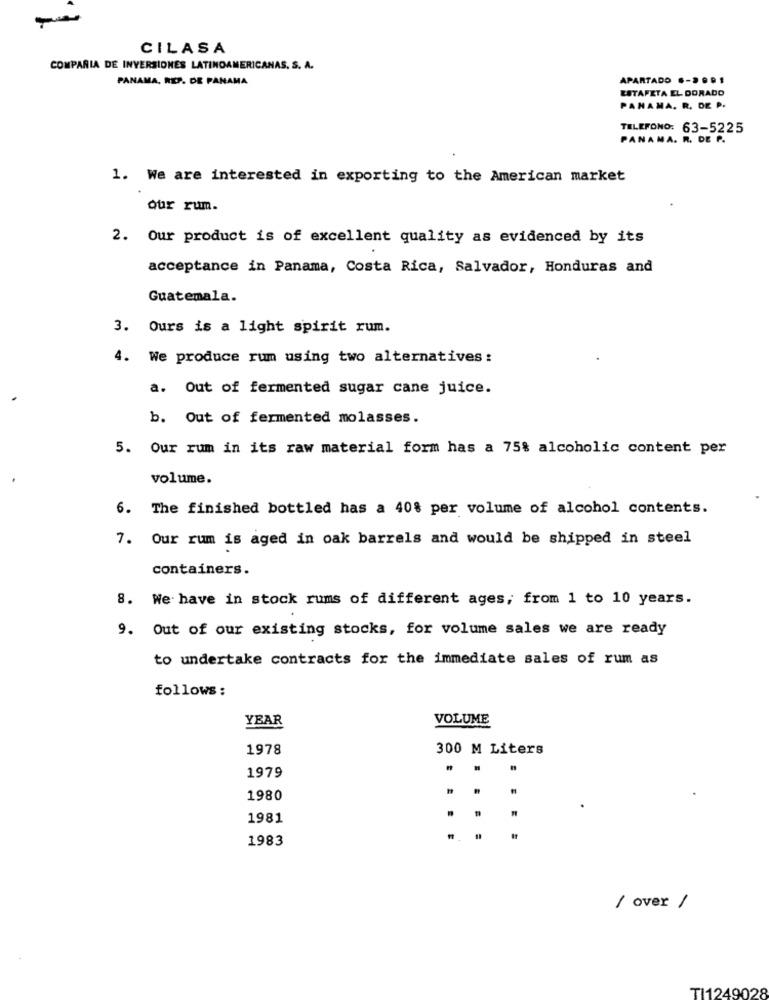
-
CILASA
COMPARIA DE INVERSIONES LATINOAMERICANAS, S. A.
PANAMA, REP. DE PANAMA
APARTADO 6-2001
LITAFETA EL DORADO
PANAMA. R. DE P.
TELEFONO: 63-5225
PANAMA. R. DE P.
1. We are interested in exporting to the American market
our rum.
2. Our product is of excellent quality as evidenced by its
acceptance in Panama, Costa Rica, Salvador, Honduras and
Guatemala.
3. Ours is a light spirit rum.
4. We produce rum using two alternatives:
a. Out of fermented sugar cane juice.
b. Out of fermented molasses.
5. Our rum in its raw material form has a 75% alcoholic content per
volume.
6. The finished bottled has a 40% per volume of alcohol contents.
7. Our rum is aged in oak barrels and would be shipped in steel
containers.
8. We have in stock rums of different ages, from 1 to 10 years.
9. Out of our existing stocks, for volume sales we are ready
to undertake contracts for the immediate sales of rum as
follows:
YEAR
VOLUME
1978
300 M Liters
1979
1980
1981
1983
....
/ over /
TI1249028